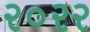
ર૦રર